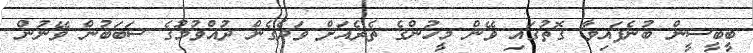
ބީބީސީން ބުނެފައިވާ ގޮތުގައި ވޭން މީހުންގެ ތެރެއަށް ވަދެގެން ދުއްވުމުގެ ސަބަބުން ވޭނުން